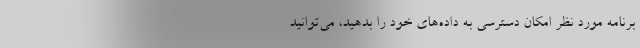
برنامه مورد نظر امکان دسترسی به داده‌ها‌ی خود را بدهید، می‌توانید